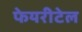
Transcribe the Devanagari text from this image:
फेयरीटेल